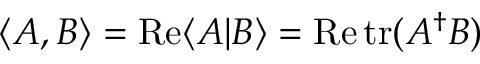
\langle A , B \rangle = \operatorname { R e } \langle A | B \rangle = \operatorname { R e } \operatorname { t r } ( A ^ { \dagger } B )